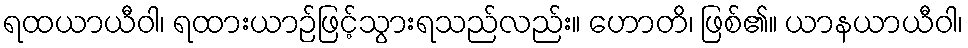
ရထယာယီဝါ၊ ရထားယာဉ်ဖြင့်သွားရသည်လည်း။ ဟောတိ၊ ဖြစ်၏။ ယာနယာယီဝါ၊